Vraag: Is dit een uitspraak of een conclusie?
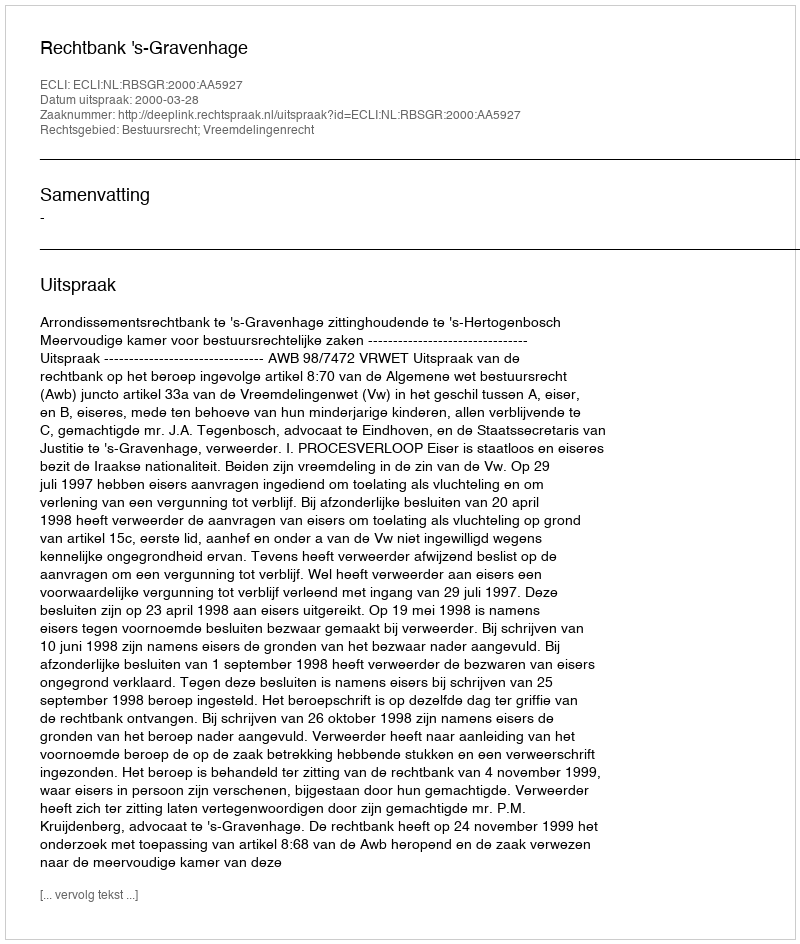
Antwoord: Uitspraak